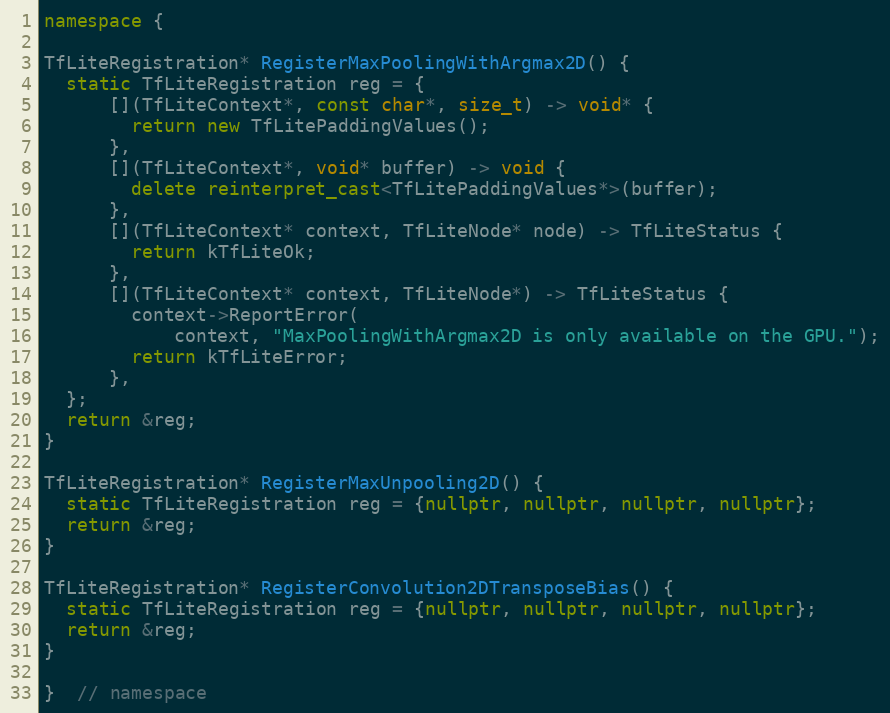
Language: C++
namespace {

TfLiteRegistration* RegisterMaxPoolingWithArgmax2D() {
  static TfLiteRegistration reg = {
      [](TfLiteContext*, const char*, size_t) -> void* {
        return new TfLitePaddingValues();
      },
      [](TfLiteContext*, void* buffer) -> void {
        delete reinterpret_cast<TfLitePaddingValues*>(buffer);
      },
      [](TfLiteContext* context, TfLiteNode* node) -> TfLiteStatus {
        return kTfLiteOk;
      },
      [](TfLiteContext* context, TfLiteNode*) -> TfLiteStatus {
        context->ReportError(
            context, "MaxPoolingWithArgmax2D is only available on the GPU.");
        return kTfLiteError;
      },
  };
  return &reg;
}

TfLiteRegistration* RegisterMaxUnpooling2D() {
  static TfLiteRegistration reg = {nullptr, nullptr, nullptr, nullptr};
  return &reg;
}

TfLiteRegistration* RegisterConvolution2DTransposeBias() {
  static TfLiteRegistration reg = {nullptr, nullptr, nullptr, nullptr};
  return &reg;
}

}  // namespace